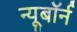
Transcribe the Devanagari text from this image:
न्यूबॉर्न